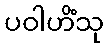
ပဝါဟိံသု